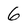
Character: 6